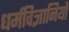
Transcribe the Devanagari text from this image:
धर्मविज्ञानियों